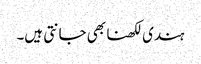
ہندی لکھنا بھی جانتی ہیں۔